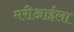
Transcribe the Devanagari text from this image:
मरीआईला